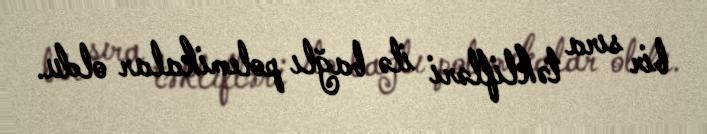
bir sıra təklifləri ilə bağlı polemikalar oldu.